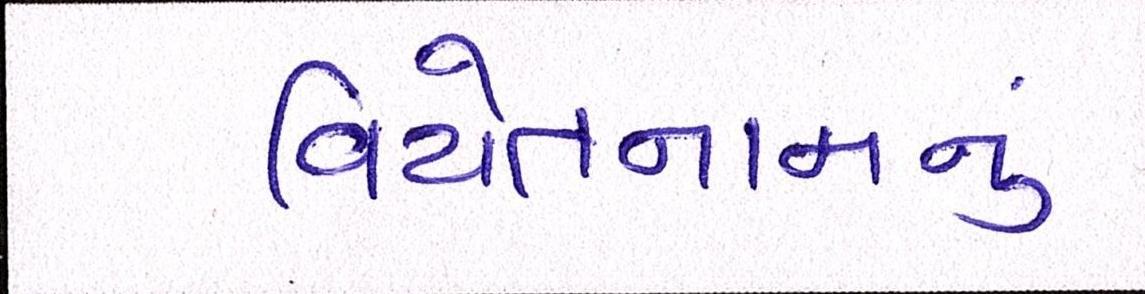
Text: વિયેતનામનું